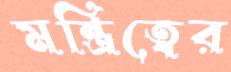
মন্ত্রিত্বের